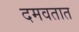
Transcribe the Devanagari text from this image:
दमवतात